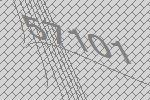
57101